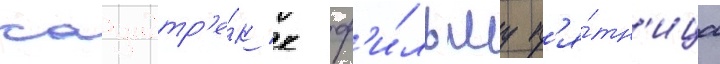
саундтр'е́к к ф'и́льму п'я́тн'ица